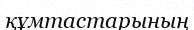
құмтастарының